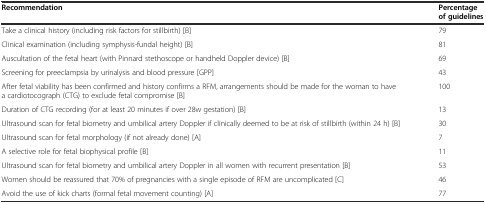
<table><thead><tr><td><b>Recommendation</b></td><td><b>Percentage of guidelines</b></td></tr></thead><tbody><tr><td>Take a clinical history (including risk factors for stillbirth) [B]</td><td>79</td></tr><tr><td>Clinical examination (including symphysis-fundal height) [B]</td><td>81</td></tr><tr><td>Auscultation of the fetal heart (with Pinnard stethoscope or handheld Doppler device) [B]</td><td>69</td></tr><tr><td>Screening for preeclampsia by urinalysis and blood pressure [GPP]</td><td>43</td></tr><tr><td>After fetal viability has been confirmed and history confirms a RFM, arrangements should be made for the woman to have a cardiotocograph (CTG) to exclude fetal compromise [B]</td><td>100</td></tr><tr><td>Duration of CTG recording (for at least 20 minutes if over 28w gestation) [B]</td><td>13</td></tr><tr><td>Ultrasound scan for fetal biometry and umbilical artery Doppler if clinically deemed to be at risk of stillbirth (within 24 h) [B]</td><td>30</td></tr><tr><td>Ultrasound scan for fetal morphology (if not already done) [A]</td><td>7</td></tr><tr><td>A selective role for fetal biophysical profile [B]</td><td>11</td></tr><tr><td>Ultrasound scan for fetal biometry and umbilical artery Doppler in all women with recurrent presentation [B]</td><td>53</td></tr><tr><td>Women should be reassured that 70% of pregnancies with a single episode of RFM are uncomplicated [C]</td><td>46</td></tr><tr><td>Avoid the use of kick charts (formal fetal movement counting) [A]</td><td>77</td></tr></tbody></table>